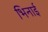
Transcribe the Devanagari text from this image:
भिनाई